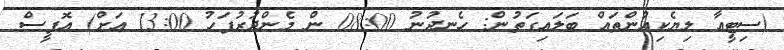
(ސިޓީއާ ލިޔެކިއުންތައް ބަލައިގަތުން: ހެނދުނު 08:00 ން މެންދުރުފަހު 13:00 އަށް) އޮފީސް